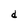
Character: d